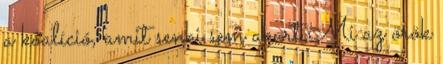
a koalíció, amit senki sem akart Mi az örök